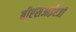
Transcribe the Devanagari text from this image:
बीएसआईएजी